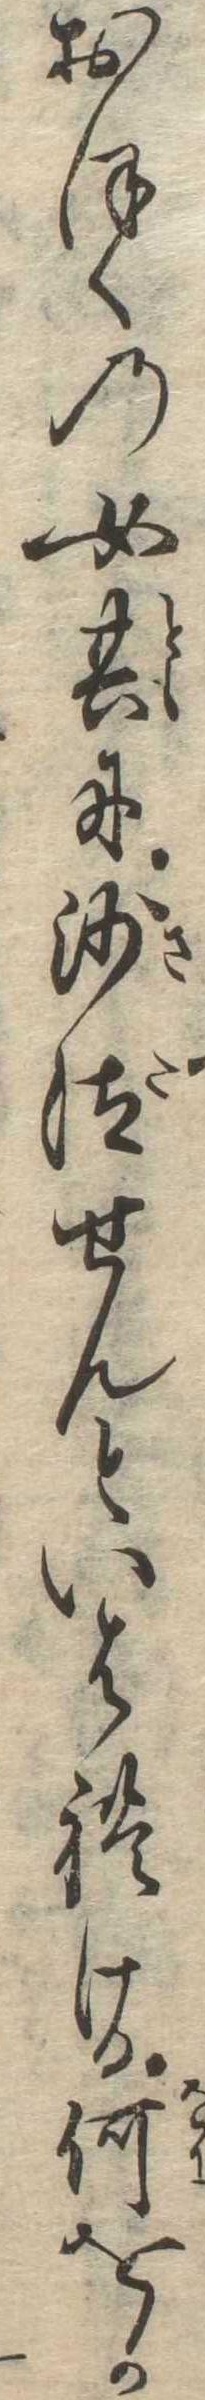
おほくの女共に沙汰せんといはれける何をか